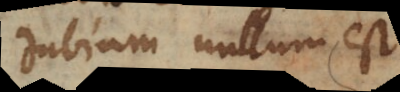
dubium nullum est